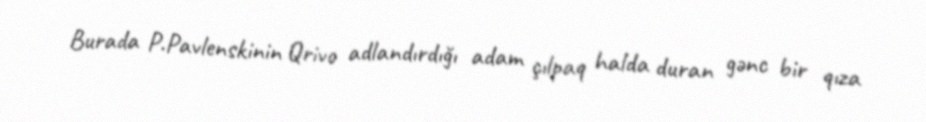
Burada P.Pavlenskinin Qrivo adlandırdığı adam çılpaq halda duran gənc bir qıza